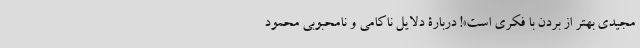
مجیدی بهتر از بردن با فکری است»! دربارۀ دلایل ناکامی و نامحبوبی محمود